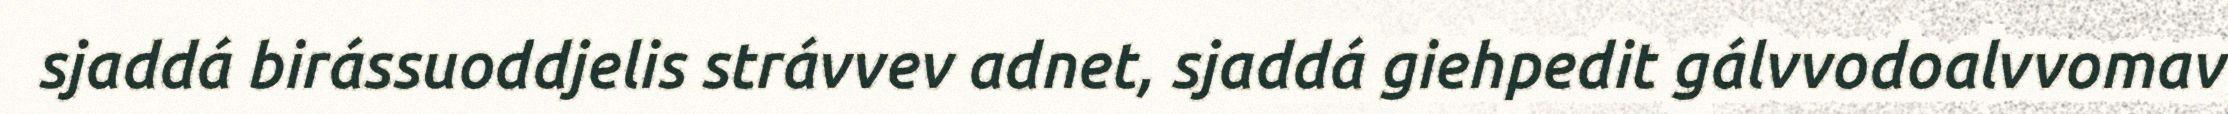
sjaddá birássuoddjelis strávvev adnet, sjaddá giehpedit gálvvodoalvvomav